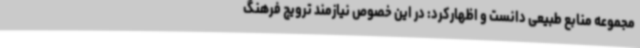
مجموعه منابع طبیعی دانست و اظهارکرد: در این خصوص نیازمند ترویج فرهنگ